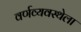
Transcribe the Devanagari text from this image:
वर्णव्यवस्थेला